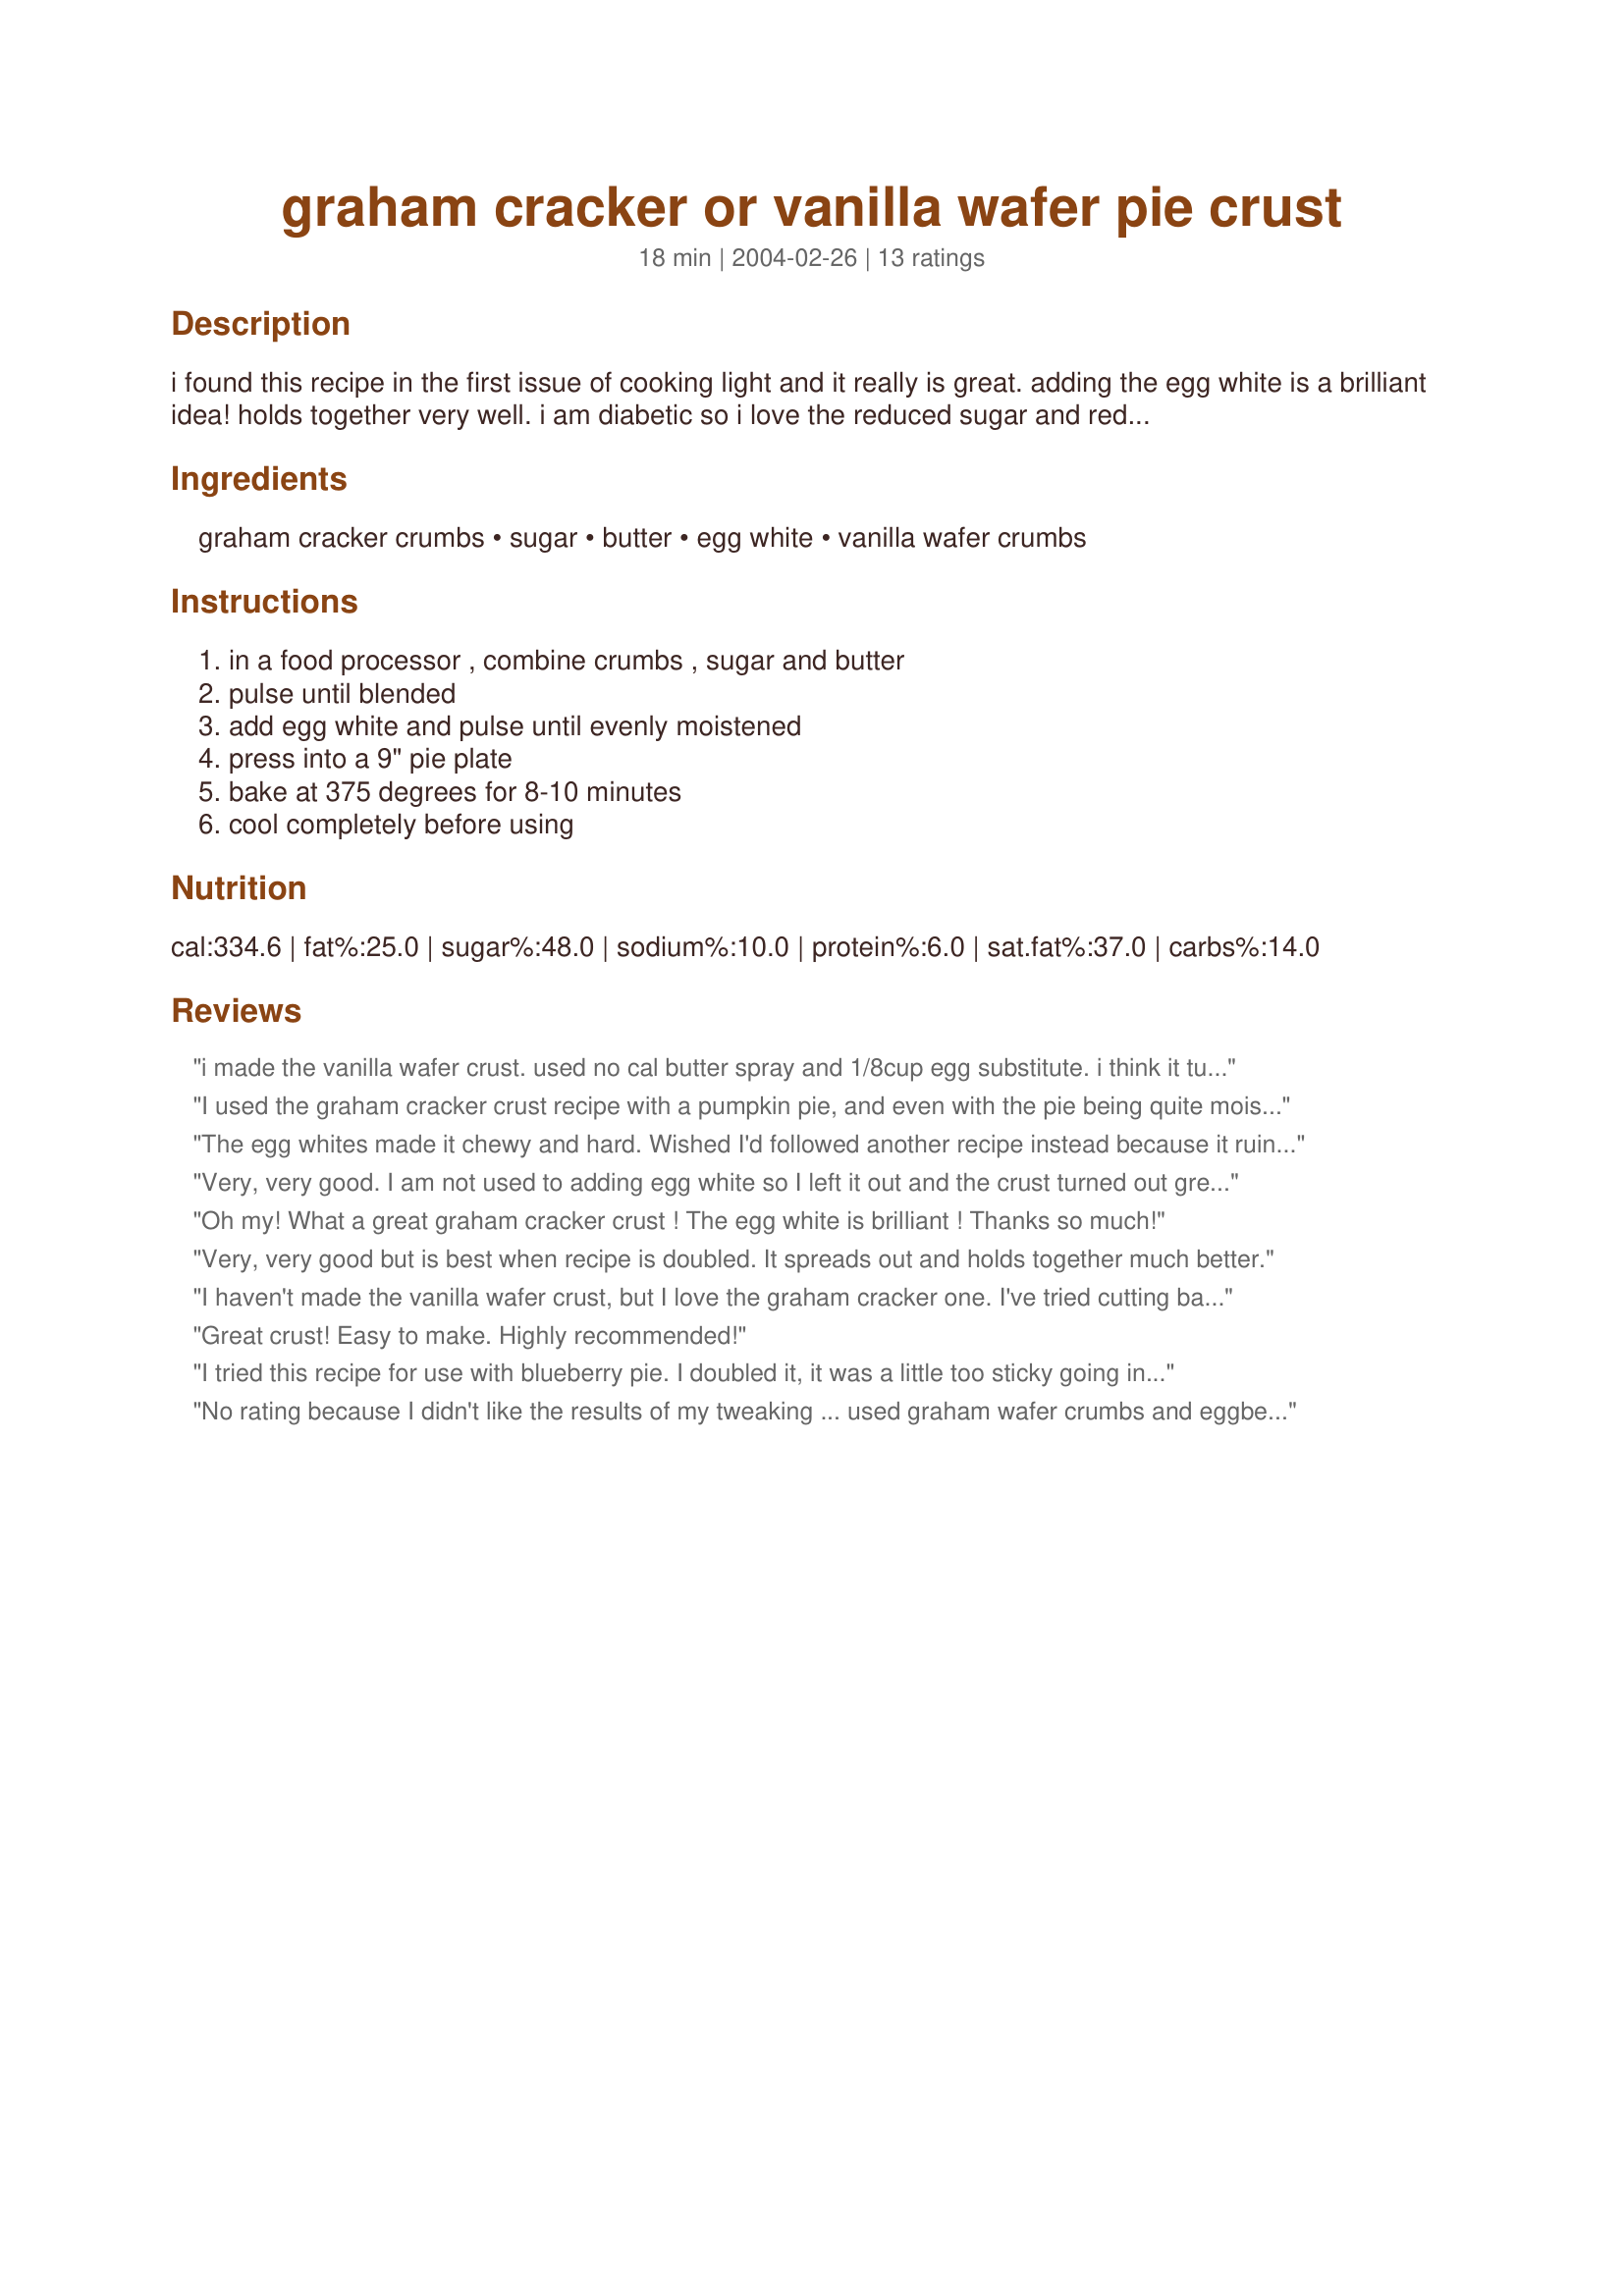
graham cracker or vanilla wafer pie crust
Preparation time: 18 minutes

i found this recipe in the first issue of cooking light and it really is great. adding the egg white is a brilliant idea! holds together very well. i am diabetic so i love the reduced sugar and reduced fat content.

Ingredients:
graham cracker crumbs, sugar, butter, egg white, vanilla wafer crumbs

Steps:
in a food processor , combine crumbs , sugar and butter, pulse until blended, add egg white and pulse until evenly moistened, press into a 9" pie plate, bake at 375 degrees for 8-10 minutes, cool completely before using

Reviews:
i made the vanilla wafer crust. used no cal butter spray and 1/8cup egg substitute. i think it turned out wonderfully. filled with fat free sugar free chocolate fudge pudding. my son and husband have already had two pieces each! great recipe thanks.
I used the graham cracker crust recipe with a pumpkin pie, and even with the pie being quite moist, it still held together very well. Great crust!
The egg whites made it chewy and hard. Wished I'd followed another recipe instead because it ruined an otherwise great pie.
Very, very good. I am not used to adding egg white so I left it out and the crust turned out great. I used this crust with Recipe #240580 Pumpkin Delight. Thanks for sharing!
Oh my! What a great graham cracker crust ! The egg white is brilliant ! Thanks so much!
Very, very good but is best when recipe is doubled. It spreads out and holds together much better.
I haven't made the vanilla wafer crust, but I love the graham cracker one. I've tried cutting back on the butter on traditional crumb crust recipes and it just doesn't work. The crust falls apart. The egg white works wonderfully. In fact, I think it holds together better than a pure butter crust. I was going to post this recipe myself, but you beat me to it. Thank you for sharing this.
Great crust! Easy to make. Highly recommended!
I tried this recipe for use with blueberry pie. I doubled it, it was a little too sticky going into the pan, and it cooked up a little chewy. Almost as if the egg made it a little cakie. My husband loved the pie, but what man ever complains about pie? Thanks for the recipe I'll try it again!
No rating because I didn't like the results of my tweaking ... used graham wafer crumbs and eggbeaters. The crust was too hard for me. I liked the low-fat but not convinced that adding egg works.
Combining the ingredients in a food processor makes all the difference! Even without adding sugar or an egg white, my crust came out with a solid, store-bought texture that kept its form when the pie was cut.
I rated this 5 for taste but 1 for ease of preparation. The addition of the egg white makes the crumb mixture too sticky and I had a hard time spreading it in my pie plate. I had to sprinkle another 1/4 cup of crumbs over the bottom and work it in with my fingers so that the bottom would be sufficiently covered. Next time I will leave out the egg white.
I made the graham cracker crust and filled it with sugar free chocolate pie filling. It was pretty good, just not as crisp as it would be with real butter. That's to be expected using a light margarine. Thanks Joanne.
Carole in Orlando
